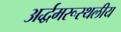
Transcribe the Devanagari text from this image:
अर्द्धमरूस्थलीय